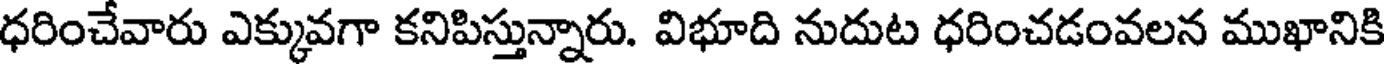
ధరించేవారు ఎక్కువగా కనిపిస్తున్నారు. విభూది నుదుట ధరించడంవలన ముఖానికి